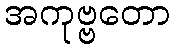
အကုဗ္ဗတော